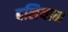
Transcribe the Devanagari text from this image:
बलियान